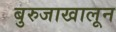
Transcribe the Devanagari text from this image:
बुरुजाखालून